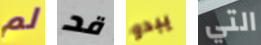
لم قد يبدو التي